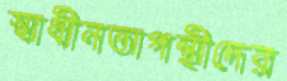
স্বাধীনতাপন্থীদের